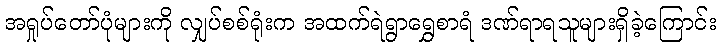
အရှုပ်တော်ပုံများကို လျှပ်စစ်ရုံးက အထက်ရဲရွာရွှေစာရံ ဒဏ်ရာရသူများရှိခဲ့ကြောင်း